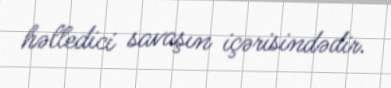
həlledici savaşın içərisindədir.